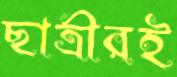
ছাত্রীরই